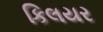
કિલયર